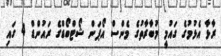
ރާޅާ އެޅުމުގެ ގައުމީ މުބާރާތުގެ މެންސް އޯޕަން ޝޯޓްބޯޑްގެ ރައުންޑް 4 ގައި